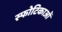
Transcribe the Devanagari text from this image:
स्फोटिकाओं